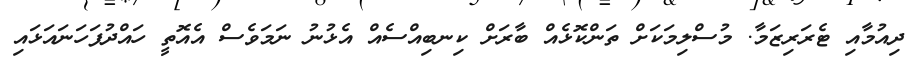
ދިއުމާއި ޓެރަރިޒަމާ. މުސްލިމަކަށް ތަންކޮޅެއް ބާރަށް ކިނބިއްސެއް އެޅުނު ނަމަވެސް އެއޮތީ ހައްދުފަހަނައަޅައި